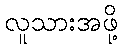
လူသားအဖို့